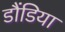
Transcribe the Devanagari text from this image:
डौंडिया